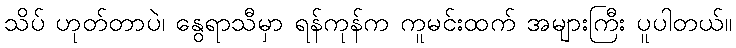
သိပ် ဟုတ်တာပဲ၊ နွေရာသီမှာ ရန်ကုန်က ကူမင်းထက် အများကြီး ပူပါတယ်။